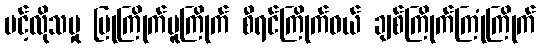
ပင့်လိုသမှု ပြုကြိုက်မူကြိုက် စီရင်ကြိုက်ဝယ် ချစ်ကြိုက်ကြုံကြိုက်